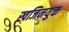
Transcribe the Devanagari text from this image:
खजिनयुक्त